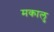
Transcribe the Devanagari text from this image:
मकालु